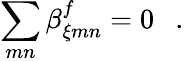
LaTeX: \sum_{mn}\beta_{\xi mn}^{f}=0~~~.